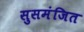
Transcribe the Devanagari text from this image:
सुसमंजित